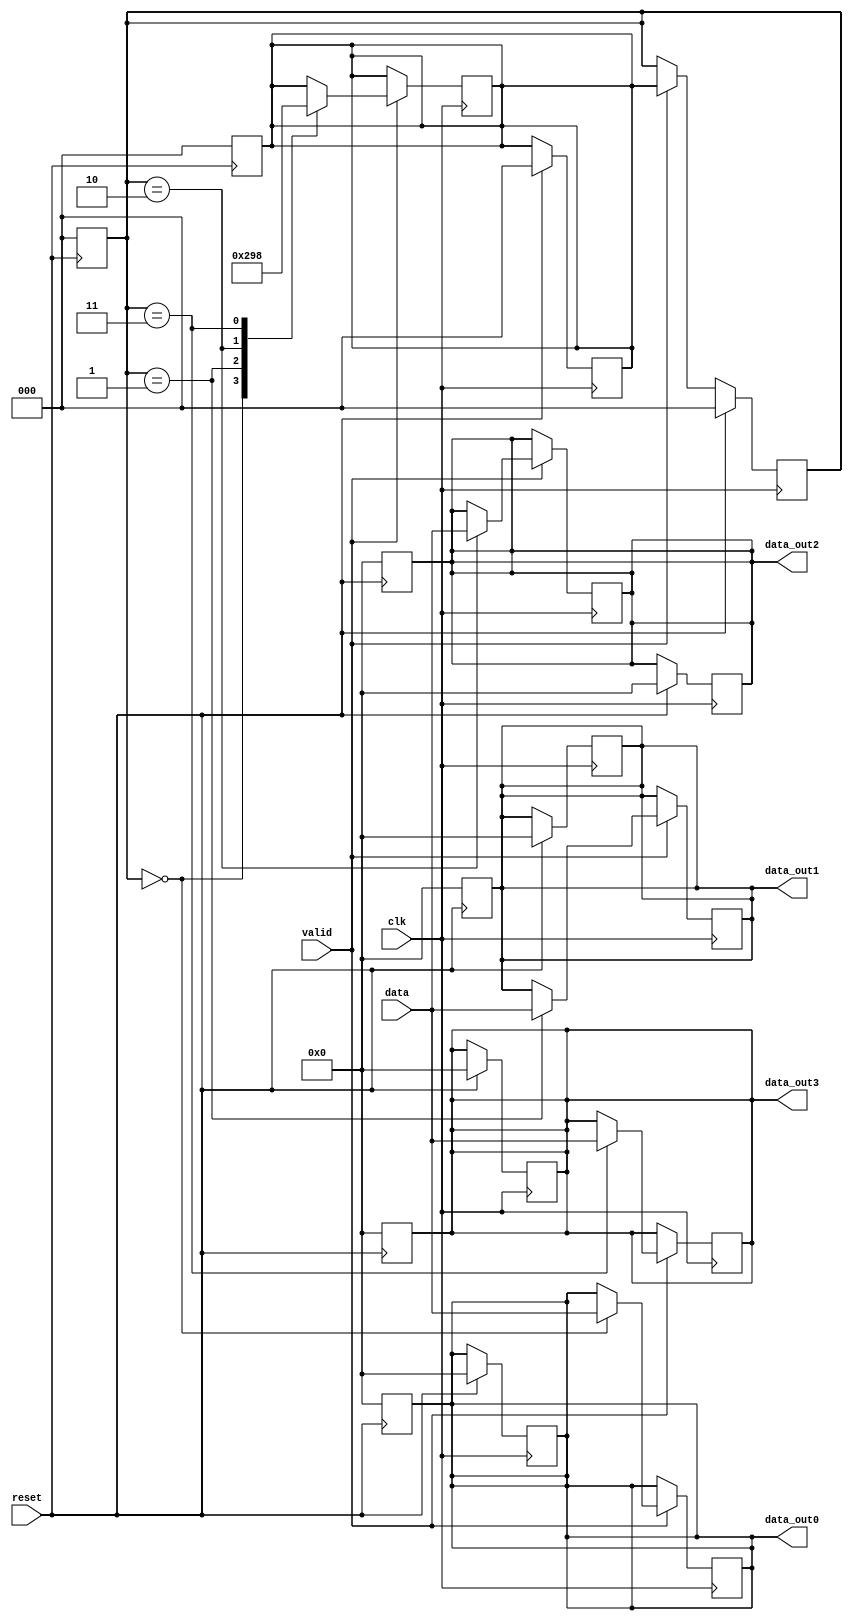
//Proyecto #1 Circuitos Digitales 2//
module bytestripingTX( input clk, reset, valid,
	input [7:0] data,
	output reg [7:0] data_out0, data_out1, data_out2, data_out3);

	reg [7:0] data_out0_next, data_out1_next, data_out2_next, data_out3_next;
	reg [2:0] state, next_state; // Se le asignan 3 bits para utlizar one-hot.

//Bloque de Flip Flops
 always @(posedge clk)

	if(reset)begin
	  state <= 0;
	  next_state <= 0;
	  data_out0<=8'b00000000;
	  data_out1<=8'b00000000;
	  data_out2<=8'b00000000;
	  data_out3<=8'b00000000;
	end
	else if(valid) begin 
		state <= next_state;
		data_out0<=data_out0_next;
		data_out1<=data_out1_next;	//Flops para mantener el dato y evitar latches
		data_out2<=data_out2_next;
		data_out3<=data_out3_next;
	end

 always @(posedge reset)

	if(reset)begin
	  state <= 0;
	  next_state <= 0;
	  data_out0<=8'b00000000;
	  data_out1<=8'b00000000;
	  data_out2<=8'b00000000;
	  data_out3<=8'b00000000;
	end
	else if(valid) begin 
		state <= next_state;
		data_out0<=data_out0_next;
		data_out1<=data_out1_next;	//Flops para mantener el dato y evitar latches
		data_out2<=data_out2_next;
		data_out3<=data_out3_next;
	end
		
	always@(*)begin
	data_out0_next=data_out0;  //Evita los Latch inferidos
	data_out1_next=data_out1;
	data_out2_next=data_out2;
	data_out3_next=data_out3;
	end


// Bloque de asignacion de los estados y sus transiciones.
 always@(posedge clk) begin
	if (valid) begin
		case (state)
			0: if(valid) begin next_state = 1;
					
						data_out0_next=data;
					
					end 
			
			1: if(valid) begin next_state = 2;
					
						data_out1_next=data;
					
					end 
			
			2: if(valid)begin  next_state = 3;

						data_out2_next=data;			

					end
			
			3: if(valid) begin next_state = 0;

						data_out3_next=data;

					end 
		endcase
	end
end
endmodule